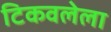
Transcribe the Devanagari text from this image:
टिकवलेला